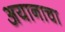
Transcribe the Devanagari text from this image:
अयानाचा